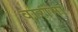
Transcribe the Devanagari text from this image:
वारांना